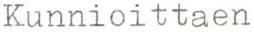
Kunnioittaen